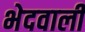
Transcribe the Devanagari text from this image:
भेदवाली